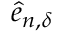
\hat { e } _ { n , { \delta } }